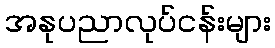
အနုပညာလုပ်ငန်းများ